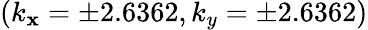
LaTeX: (k_{\mathbf{x}}=\pm2.6362,k_{y}=\pm2.6362)